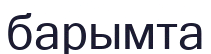
барымта